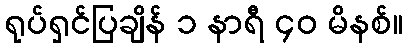
ရုပ်ရှင်ပြချိန် ၁ နာရီ ၄၀ မိနစ်။